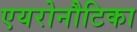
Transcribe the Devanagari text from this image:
एयरोनौटिका